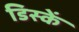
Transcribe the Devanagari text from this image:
डिस्कें